Annual vaccination report of Bihar and Orissa - 1911-1928
Year: 1911
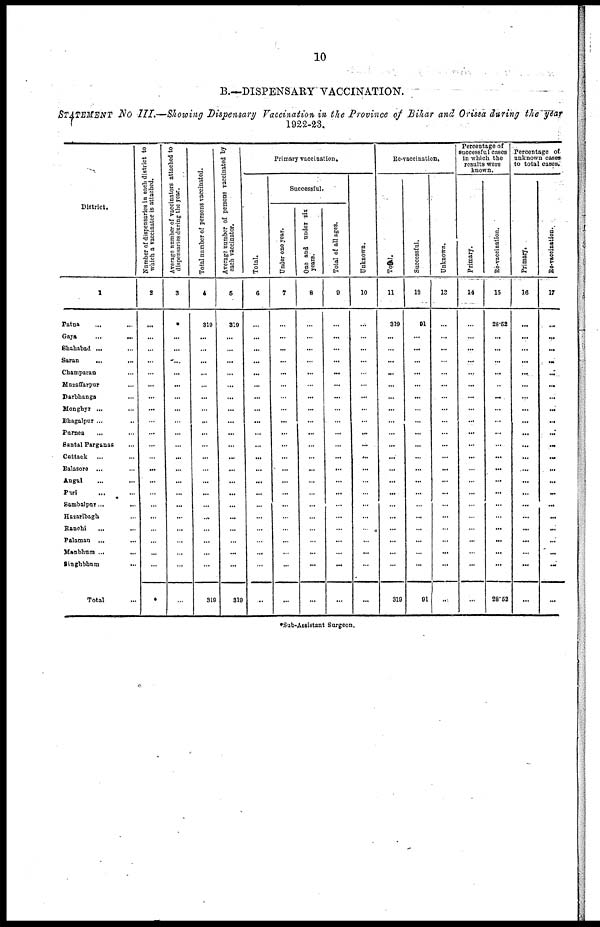
10
B.—DISPENSARY VACCINATION.
STATEMENT No III.—Showing Dispensary Vaccination in the Province of Bihar and Orissa during the year
1922-23.
District.
1
Patna ... ...
Gaya
...
...
Shahabad ...
Saran ... ...
Champaran ...
Muzaffarpur ...
Darbhanga ...
Monghyr ... ...
Bhagalpur ... ...
Purnea ... ...
Santal Parganas
Cuttack ...
Balasore ...
Angul ... ...
Puri ... ...
Sambalpur...
...
Hazaribagh ...
Ranchi ... ...
Palamau ... ...
Manbhum ...
...
Singhbhum
...
Total ...
Number of dispensaries in each district to
which a vaccinator is attached.
2
...
...
...
...
...
...
...
...
...
...
...
...
...
...
...
...
...
...
...
...
...
*
Average number of vaccinators attached to
dispensaries during the year.
3
*
...
...
...
...
...
...
...
...
...
...
...
...
...
...
...
...
...
...
...
...
...
Total number of persons vaccinated.
4
319
...
...
...
...
...
...
...
...
...
...
...
...
...
...
...
...
...
...
...
...
319
Average number of persons vaccinated by
each vaccinator.
5
319
...
...
...
...
...
...
...
...
...
...
...
...
...
...
...
...
...
...
...
...
319
Primary vaccination.
Total.
6
...
...
...
...
...
...
...
...
...
...
...
...
...
...
...
...
...
...
...
...
...
...
Successful.
Under one year.
7
...
...
...
...
...
...
...
...
...
...
...
...
...
...
...
...
...
...
...
...
...
...
One and under six
years.
8
...
...
...
...
...
...
...
...
...
...
...
...
...
...
...
...
...
...
...
...
...
...
Total of all ages.
9
...
...
...
...
...
...
...
...
...
...
...
...
...
...
...
...
...
...
...
...
...
...
Unknown.
10
...
...
...
...
...
...
...
...
...
...
...
...
...
...
...
...
...
...
...
...
...
...
Re-vaccination.
Total.
11
319
...
...
...
...
...
...
...
...
...
...
...
...
...
...
...
...
...
...
...
...
319
Successful.
12
91
...
...
...
...
...
...
...
...
...
...
...
...
...
...
...
...
...
...
...
...
91
Unknown.
13
...
...
...
...
...
...
...
...
...
...
...
...
...
...
...
...
...
...
...
...
...
..
Percentage of
successful cases
in which the
results were
known.
Primary.
14
...
...
...
...
...
...
...
...
...
...
...
...
...
...
...
...
...
...
...
...
...
...
Re-vaccination.
15
28.52
...
...
...
...
...
...
...
...
...
...
...
...
...
...
...
...
...
...
...
...
28.52
Percentage of
unknown cases
to total cases.
Primary.
16
...
...
...
...
...
...
...
...
...
...
...
...
...
...
...
...
...
...
...
...
...
...
Re-vaccination.
17
...
...
...
...
...
...
...
...
...
...
...
...
...
...
...
...
...
...
...
...
...
...
*Sub-Assistant Surgeon.